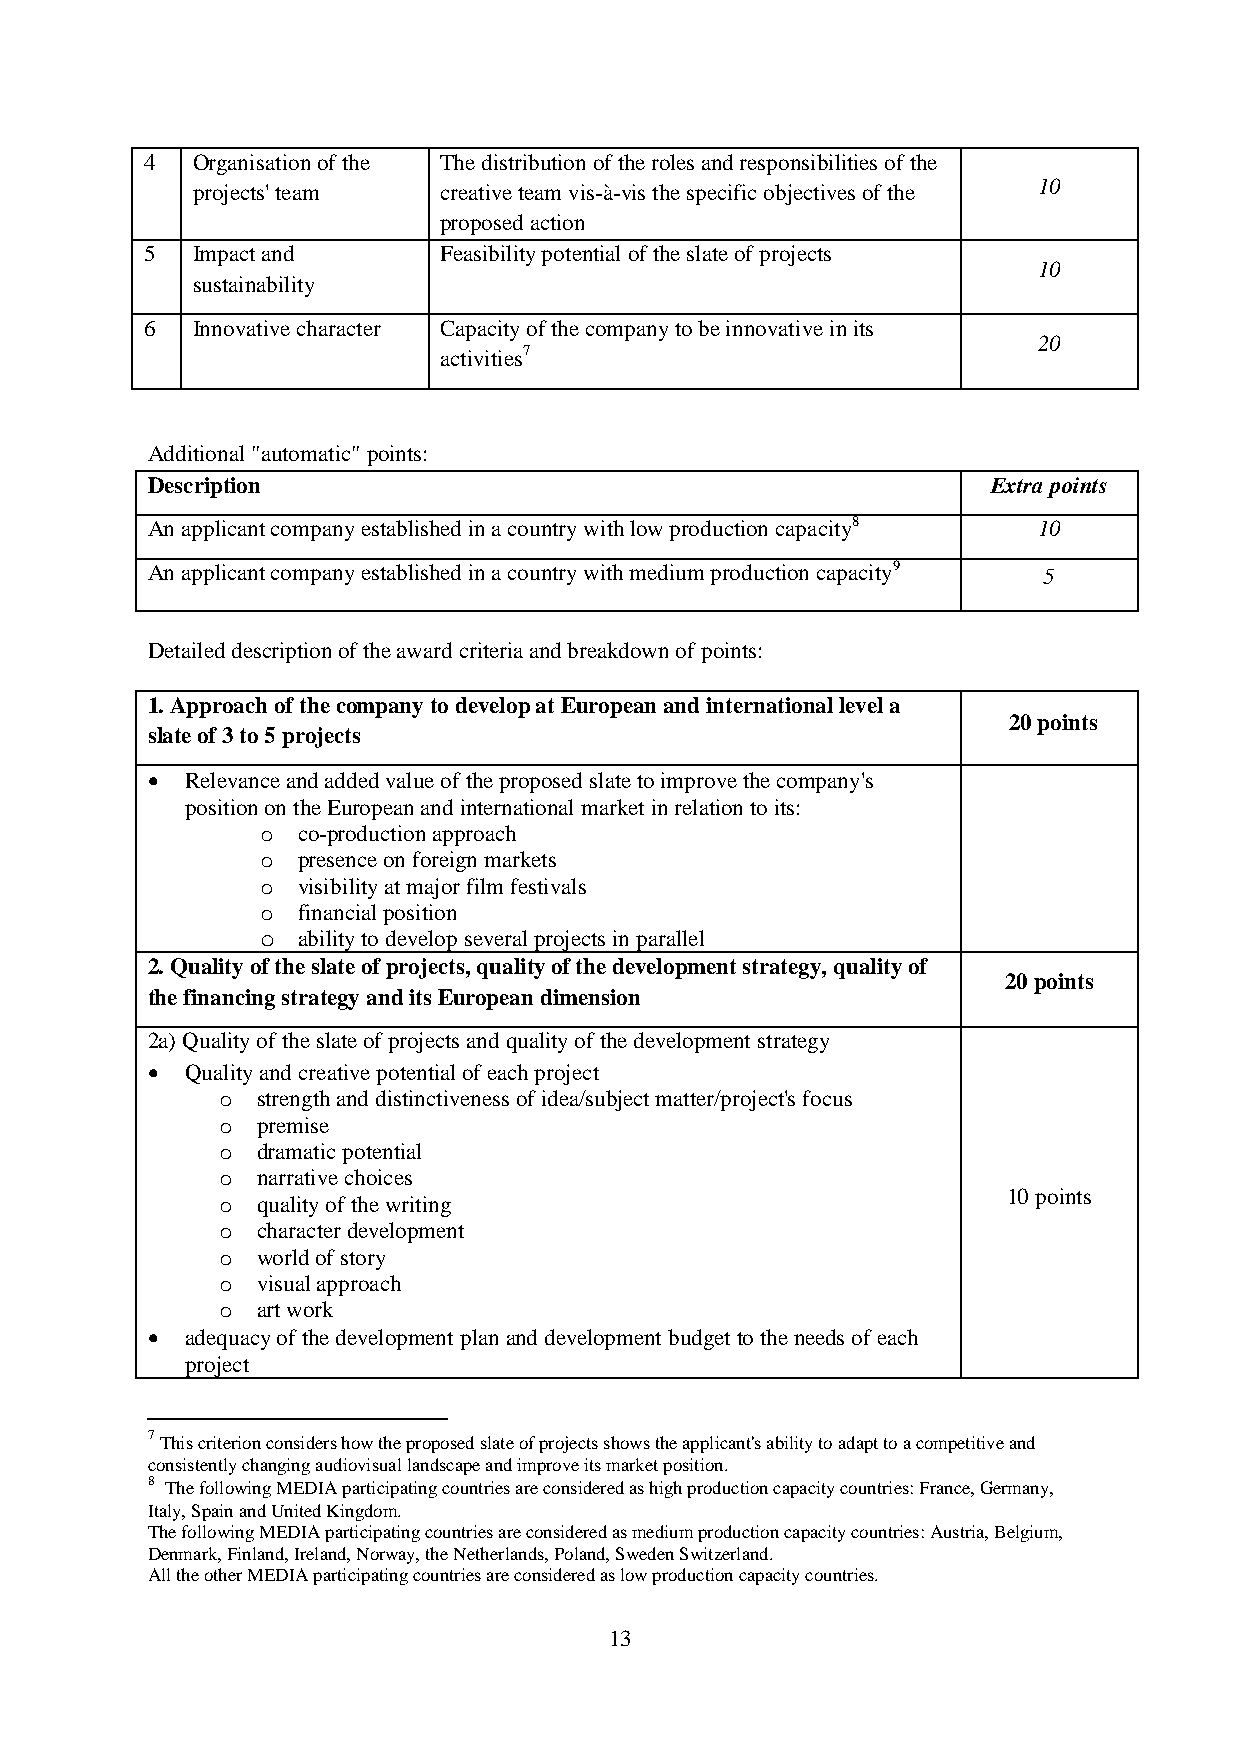
4  Organisation of the The distribution of the roles and responsibilities of the
 10
 projects' team  creative team vis-à-vis the specific objectives of the
 proposed action
 5  Impact and      Feasibility potential of the slate of projects
 10
 sustainability
 6  Innovative character Capacity of the company to be innovative in its
 20
 activities7
 Additional "automatic" points:
 Description                                             Extra points
 An applicant company established in a country with low production capacity8 10
 An applicant company established in a country with medium production capacity9 5
 Detailed description of the award criteria and breakdown of points:
 1. Approach of the company to develop at European and international level a
 20 points
 slate of 3 to 5 projects
  Relevance and added value of the proposed slate to improve the company's
 position on the European and international market in relation to its:
 o  co-production approach
 o  presence on foreign markets
 o  visibility at major film festivals
 o  financial position
 o  ability to develop several projects in parallel
 2. Quality of the slate of projects, quality of the development strategy, quality of
 20 points
 the financing strategy and its European dimension
 2a) Quality of the slate of projects and quality of the development strategy
  Quality and creative potential of each project
 o strength and distinctiveness of idea/subject matter/project's focus
 o premise
 o dramatic potential
 o narrative choices
 10 points
 o quality of the writing
 o character development
 o world of story
 o visual approach
 o art work
  adequacy of the development plan and development budget to the needs of each
 project
 7 This criterion considers how the proposed slate of projects shows the applicant's ability to adapt to a competitive and
 consistently changing audiovisual landscape and improve its market position.
 8 The following MEDIA participating countries are considered as high production capacity countries: France, Germany,
 Italy, Spain and United Kingdom.
 The following MEDIA participating countries are considered as medium production capacity countries: Austria, Belgium,
 Denmark, Finland, Ireland, Norway, the Netherlands, Poland, Sweden Switzerland.
 All the other MEDIA participating countries are considered as low production capacity countries.
 13